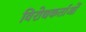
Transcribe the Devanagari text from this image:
विरोधकर्ताओं